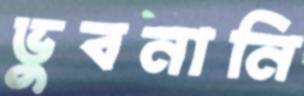
ভুবনানি